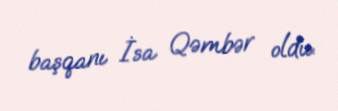
başqanı İsa Qəmbər oldu.